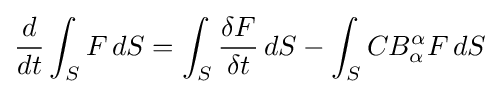
{\frac {d}{dt}}\int _{S}F\,dS=\int _{S}{\frac {\delta F}{\delta t}}\,dS-\int _{S}CB_{\alpha }^{\alpha }F\,dS